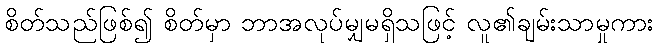
စိတ်သည်ဖြစ်၍ စိတ်မှာ ဘာအလုပ်မျှမရှိသဖြင့် လူ၏ချမ်းသာမှုကား